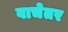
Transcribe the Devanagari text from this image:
वाचेतर